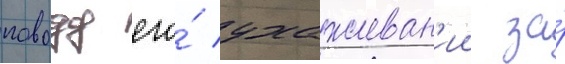
поводу его́ ухаживан'ии за́